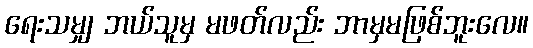
ရေးသမျှ ဘယ်သူမှ မဖတ်လည်း ဘာမှမဖြစ်ဘူးလေ။